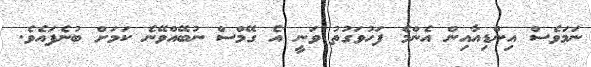
ނަމަވެސް އިންޑިއާއިން އެންމެ ފަހުވަގުތު ވަނީ އެ ގޭމްސް ނުބޭއްވޭނެ ކަމަށް ބުނެފައެވެ.